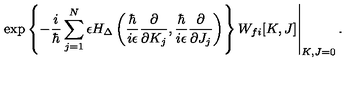
\left. \exp \left\{ - \frac { i } { \hbar } \sum _ { j = 1 } ^ { N } \epsilon H _ { \Delta } \left( \frac { \hbar } { i \epsilon } \frac { \partial } { \partial K _ { j } } , \frac { \hbar } { i \epsilon } \frac { \partial } { \partial J _ { j } } \right) \right\} W _ { f i } [ K , J ] \right| _ { K , J = 0 } .